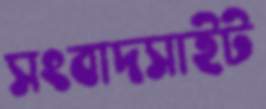
সংবাদসাইট